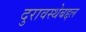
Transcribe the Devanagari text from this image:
दुरावस्थेबद्दल